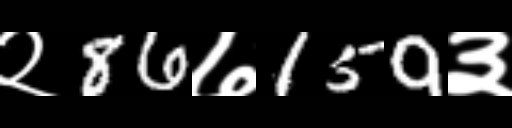
Text: २86७159३